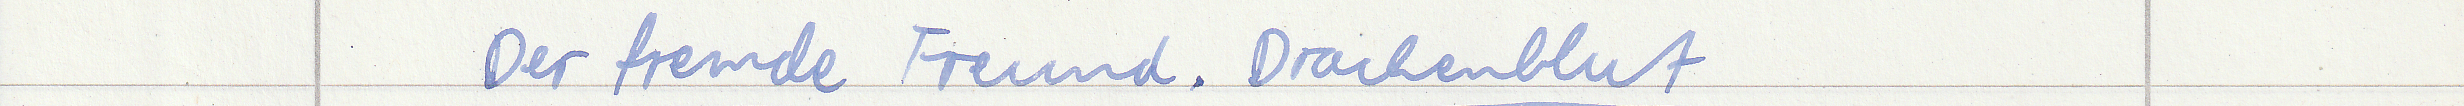
Der fremde Freund. Drachenblut